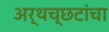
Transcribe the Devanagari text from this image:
अर्थच्‍छटांचा